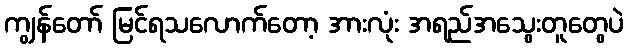
ကျွန်တော် မြင်ရသလောက်တော့ အားလုံး အရည်အသွေးတူတွေပဲ